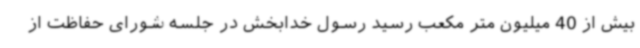
بیش از 40 میلیون متر مکعب رسید رسول خدابخش در جلسه شورای حفاظت از